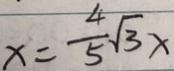
x = \frac { 4 } { 5 } \sqrt { 3 } x